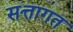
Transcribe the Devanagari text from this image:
सत्तागत